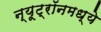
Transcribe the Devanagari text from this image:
न्यूट्रॉनमध्ये